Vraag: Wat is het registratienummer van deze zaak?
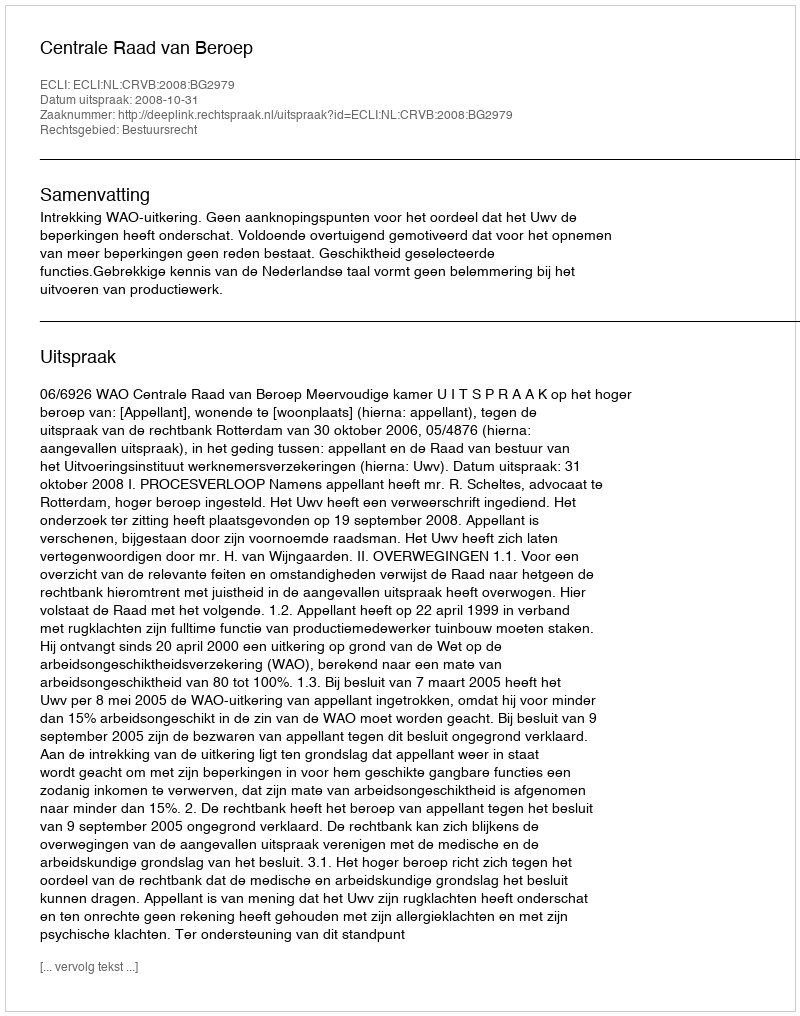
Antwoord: http://deeplink.rechtspraak.nl/uitspraak?id=ECLI:NL:CRVB:2008:BG2979